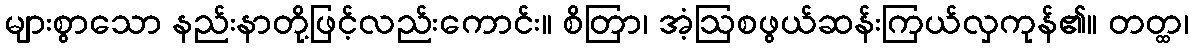
များစွာသော နည်းနာတို့ဖြင့်လည်းကောင်း။ စိတြာ၊ အံ့ဩစဖွယ်ဆန်းကြယ်လှကုန်၏။ တတ္ထ၊